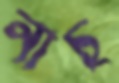
নাচ্